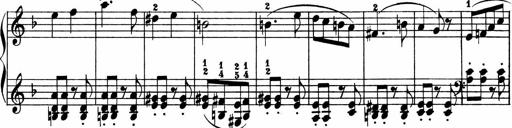
Title: 2 instructive Sonatinen
Composer: Paul Schumacher